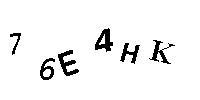
76E4HK